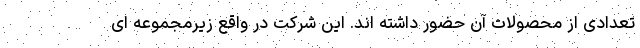
تعدادی از محصولات آن حضور داشته اند. این شرکت در واقع زیرمجموعه ای